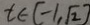
t \in [ - 1 , \sqrt { 2 } ]